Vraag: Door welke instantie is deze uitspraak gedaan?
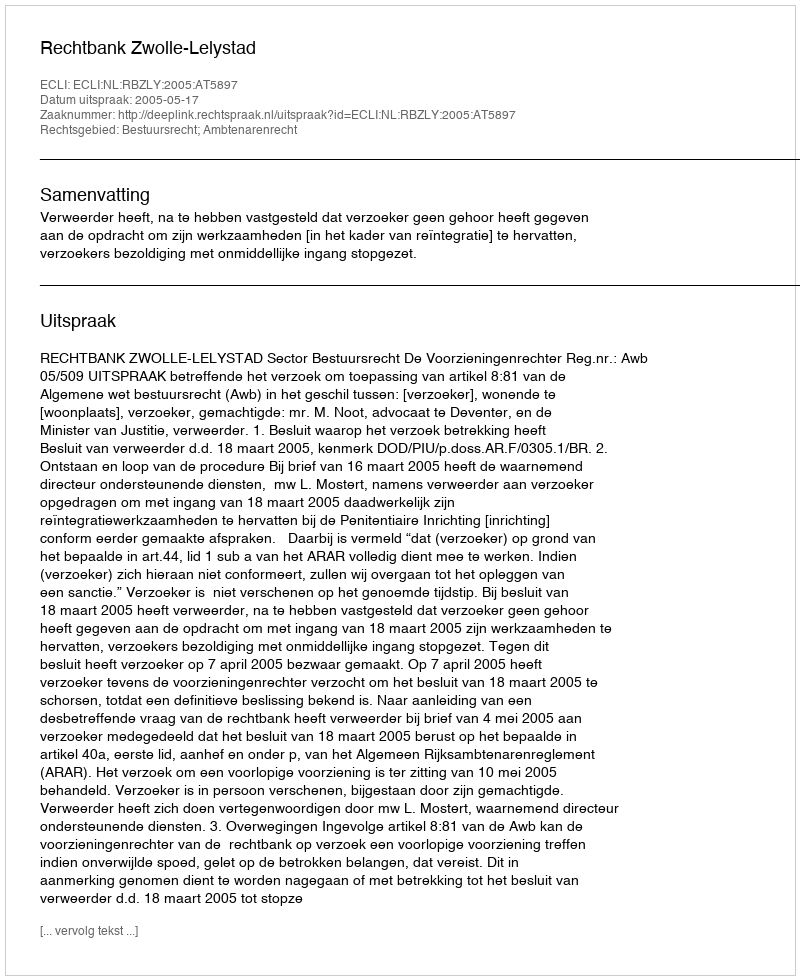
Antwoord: Rechtbank Zwolle-Lelystad